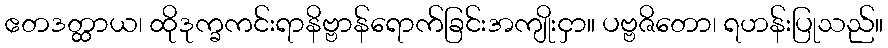
ဧတဒတ္ထာယ၊ ထိုဒုက္ခကင်းရာနိဗ္ဗာန်ရောက်ခြင်းအကျိုးငှာ။ ပဗ္ဗဇိတော၊ ရဟန်းပြုသည်။